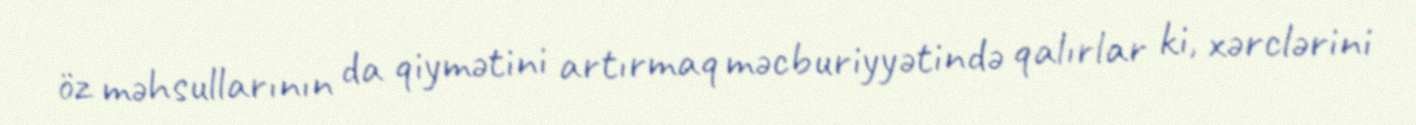
öz məhsullarının da qiymətini artırmaq məcburiyyətində qalırlar ki, xərclərini